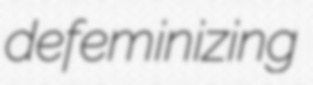
defeminizing